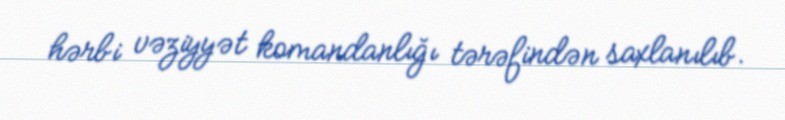
hərbi vəziyyət komandanlığı tərəfindən saxlanılıb.